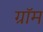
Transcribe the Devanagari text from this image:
ग्रॉम